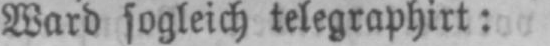
Ward sogleich telegraphirt: